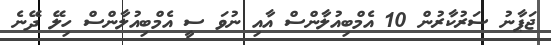
ޖަޕާނު ސަރުކާރުން 10 އެމްބިއުލާންސް އާއި ނުވަ ސީ އެމްބިއުލާންސް ހިލޭ ދޭނެ